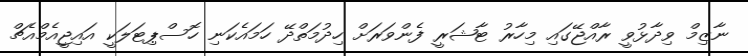
ނާޒިމް ވިދާޅުވީ ރާއްޖޭގައި މިހާރު ޓާޝަރީ ފެންވަރަށް ހިދުމަތްދޭ ހަމައެކަނި ހޮސްޕިޓަލަކީ އައިޖީއެމްއެޗް